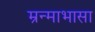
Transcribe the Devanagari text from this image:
म्रन्माभासा